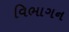
વિભાગન